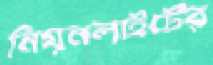
নিয়নলাইটের